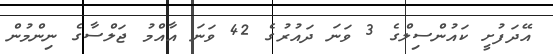
އޭދަފުށީ ކައުންސިލްގެ 3 ވަނަ ދައުރުގެ 42 ވަނަ އާއްމު ޖަލްސާގެ ނިންމުން